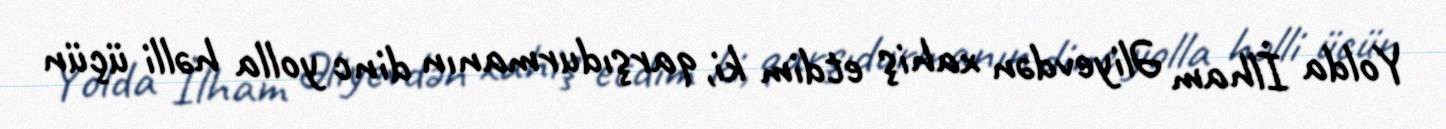
Yolda İlham Əliyevdən xahiş etdim ki, qarşıdurmanın dinc yolla həlli üçün